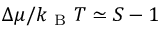
\Delta \mu / k _ { \mathrm { ~ B ~ } } T \simeq S - 1